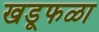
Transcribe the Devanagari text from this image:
खडूफळा